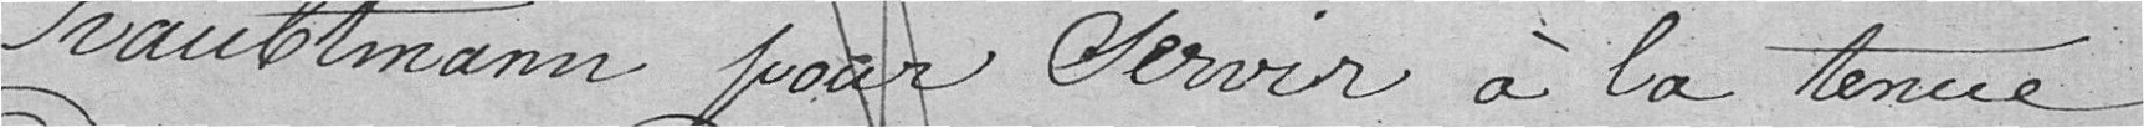
Traubtmann pour servir à la tenue